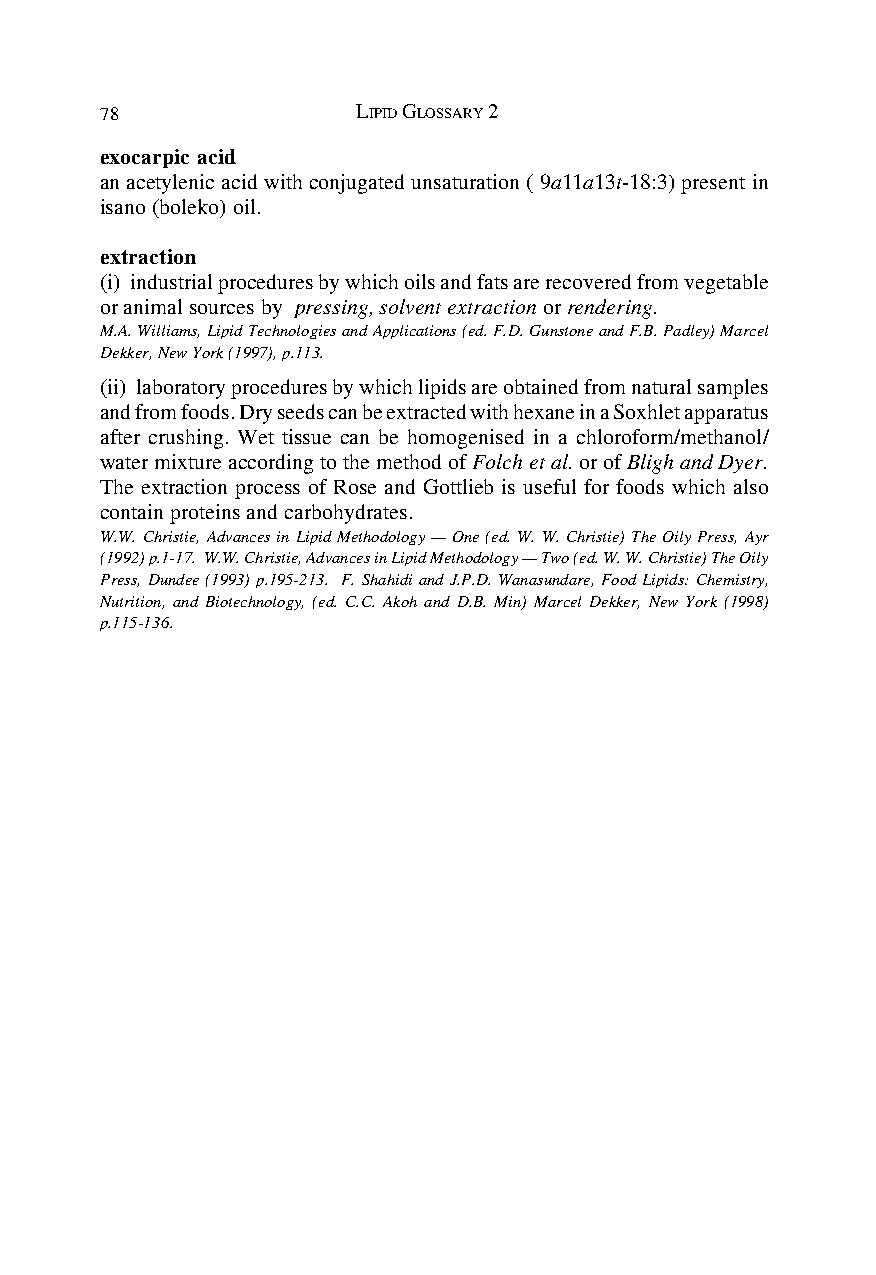
78               LIPID GLOSSARY 2
 exocarpic acid
 an acetylenic acid with conjugated unsaturation ( 9a11a13t-18:3) present in
 isano (boleko) oil.
 extraction
 (i) industrial procedures by which oils and fats are recovered from vegetable
 or animal sources by pressing, solvent extraction or rendering.
 M.A. Williams, Lipid Technologies and Applications (ed. F.D. Gunstone and F.B. Padley) Marcel
 Dekker, New York (1997), p.113.
 (ii) laboratory procedures by which lipids are obtained from natural samples
 and from foods. Dry seeds can be extracted with hexane in a Soxhlet apparatus
 after crushing. Wet tissue can be homogenised in a chloroform/methanol/
 water mixture according to the method of Folch et al. or of Bligh and Dyer.
 The extraction process of Rose and Gottlieb is useful for foods which also
 contain proteins and carbohydrates.
 W.W. Christie, Advances in Lipid Methodology — One (ed. W. W. Christie) The Oily Press, Ayr
 (1992) p.1-17. W.W. Christie, Advances in Lipid Methodology — Two (ed. W. W. Christie) The Oily
 Press, Dundee (1993) p.195-213. F. Shahidi and J.P.D. Wanasundare, Food Lipids: Chemistry,
 Nutrition, and Biotechnology, (ed. C.C. Akoh and D.B. Min) Marcel Dekker, New York (1998)
 p.115-136.